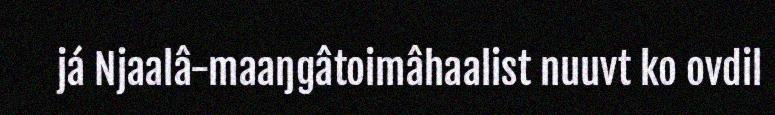
já Njaalâ-maaŋgâtoimâhaalist nuuvt ko ovdil